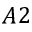
A 2